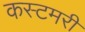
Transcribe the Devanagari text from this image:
कस्टमरी